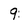
Character: 9